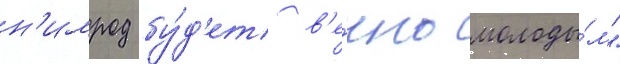
н'имрод бу́д'ет в'е́чно молоды́м"